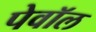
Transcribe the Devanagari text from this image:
पेवॉल